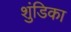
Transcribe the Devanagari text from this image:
शुंडिका